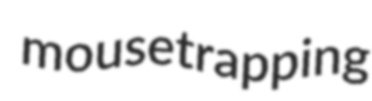
mousetrapping